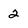
Character: 2